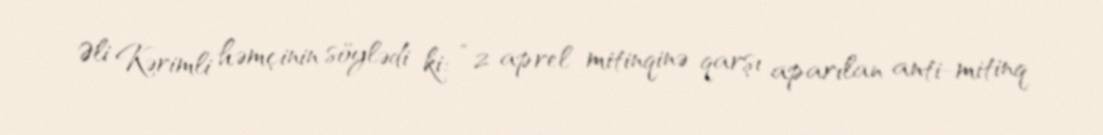
Əli Kərimli həmçinin söylədi ki: “2 aprel mitinqinə qarşı aparılan anti-mitinq